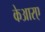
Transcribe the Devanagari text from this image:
केआरए